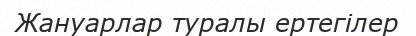
Жануарлар туралы ертегілер